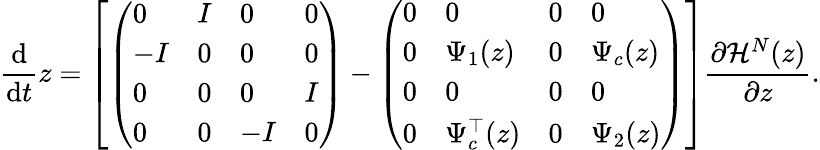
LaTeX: \frac{\mathrm d}{\mathrm dt}z=\left[\left(\begin{array}{llll}{0}&{I}&{0}&{0}\\ {-I}&{0}&{0}&{0}\\ {0}&{0}&{0}&{I}\\ {0}&{0}&{-I}&{0}\end{array}\right)-\left(\begin{array}{llll}{0}&{0}&{0}&{0}\\ {0}&{\Psi_{1}(z)}&{0}&{\Psi_{c}(z)}\\ {0}&{0}&{0}&{0}\\ {0}&{\Psi_{c}^{\top}(z)}&{0}&{\Psi_{2}(z)}\end{array}\right)\right]\frac{\partial\mathcal H^{N}(z)}{\partial z}.